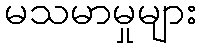
မသမာမှုများ